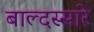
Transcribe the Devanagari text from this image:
बाल्दस्सारे